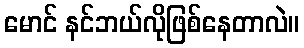
မောင် နင်ဘယ်လိုဖြစ်နေတာလဲ။